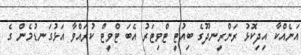
އަނެއްކާ އިދިކޮޅު ރަންރީނދޫގެ ބިއުޓީ ޓްވިޓަރު އެބަ ޓްވީޓް ކުރައްވާ އަޅުގަނޑުމެން ގެ